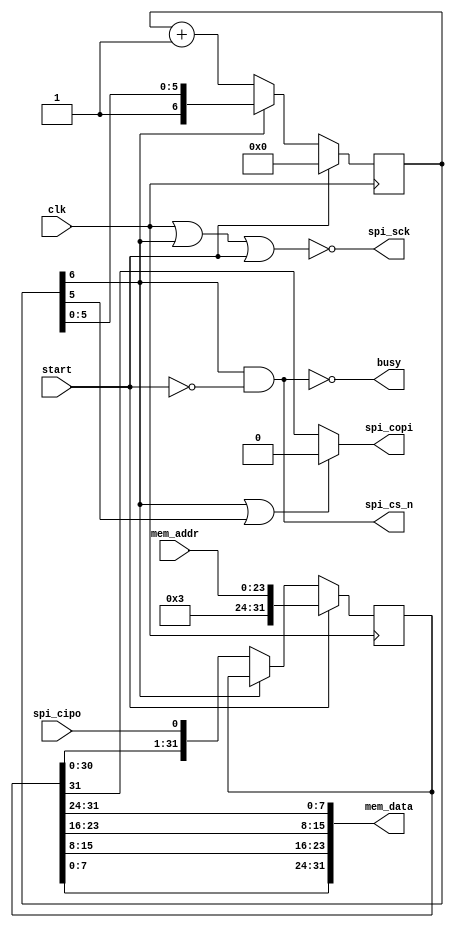
`timescale 10ns/1ns // time-unit/precision

/**
 * Copyright Abderraouf Adjal 2022.
 * 
 * This source describes Open Hardware and is licensed under the CERN-OHL-P v2 or later
 * 
 * You may redistribute and modify this documentation and make products using
 * it under the terms of the CERN-OHL-P v2 (https:/cern.ch/cern-ohl).
 * This documentation is distributed WITHOUT ANY EXPRESS OR IMPLIED WARRANTY,
 * INCLUDING OF MERCHANTABILITY, SATISFACTORY QUALITY AND FITNESS FOR A
 * PARTICULAR PURPOSE. Please see the CERN-OHL-P v2 for applicable conditions.
 */

/**
 * Read 32-bits from flash memory IC (W25Qxxx) using standard SPI mode (SCK, /CS, SDI, SDO).
 * NOTE: The IC W25Qxxx need a delay of "tRES1=3uS" after waking up from power-down command to be functional.
 * NOTE: For IC W25Qxxx, spi_sck max frequency is 50MHz in standard SPI mode.
 *
 * Module spi_w25q_read_32b() is licensed under CERN-OHL-P v2 or later
 */
module spi_w25q_read_32b (
    // :: Global control
    input wire clk, // global clock, rising edge
    input wire start, // trigger operation
    
    // :: Commands data input
    input wire [23:0] mem_addr, // Address of the word in memory, 24-bit (up to 128M bit / 16 MiB)
    
    // :: Result and status
    output wire [31:0] mem_data, // word(s) data buffer
    output wire busy, // If the module is busy (data output is not ready)

    // :: Standard SPI pins to the flash memory IC W25Qxxx
    output wire spi_sck,  // SPI clock
    output wire spi_cs_n, // SPI chip select, low-active
    output wire spi_copi, // a.k.a SPI MOSI, Tx to the memory IC (controller out / peripheral in)
    input  wire spi_cipo  // a.k.a SPI MISO, Rx from memory IC (controller in / peripheral out)
);

    localparam IC_CMD = 8'h03; // The command to read in standard SPI mode.
    localparam SPI_COPI_IDLE = 1'b0; // Better to be 1'bZ, if the tools can do it.
    
    // :: Status
    reg [31:0] shiftr;
    reg [6:0] clk_cnt;
    
    // in mem_data, swap bytes order of `shiftr` since the we read lower address first.
    assign mem_data = {shiftr[7:0], shiftr[15:8], shiftr[23:16], shiftr[31:24]};
    assign busy = !spi_cs_n;
    assign spi_cs_n = clk_cnt[6] && !start; // = !(!clk_cnt[6] || start);
    assign spi_sck = !(clk || clk_cnt[6] || start); // = !clk && !clk_cnt[6] && !start;
    assign spi_copi = (clk_cnt[6] || clk_cnt[5]) ? SPI_COPI_IDLE : shiftr[31];
    
    
    // :: Init
    initial begin
        clk_cnt[6] = 1'b1;
    end

    always @(posedge clk) begin
        if (start) begin
            shiftr <= {IC_CMD[7:0], mem_addr[23:0]};
            clk_cnt <= 7'd0;
        end else if (!clk_cnt[6]) begin
            shiftr <= {shiftr[30:0], spi_cipo};
            clk_cnt <= clk_cnt + 7'd1;
        end
    end

endmodule